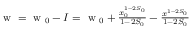
\begin{array} { r } { \mathrm { ~ w ~ } = \mathrm { ~ w ~ } _ { 0 } - I = \mathrm { ~ w ~ } _ { 0 } + \frac { x _ { 0 } ^ { 1 - 2 S _ { 0 } } } { 1 - 2 S _ { 0 } } - \frac { x ^ { 1 - 2 S _ { 0 } } } { 1 - 2 S _ { 0 } } } \end{array}